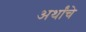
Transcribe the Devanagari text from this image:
अर्थांचे